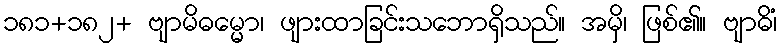
၁၈၁+၁၈၂+ ဗျာမိဓမ္မော၊ ဖျားထာခြင်းသဘောရှိသည်။ အမှိ၊ ဖြစ်၏။ ဗျာဓိံ၊